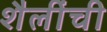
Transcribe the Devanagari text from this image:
शैलींची